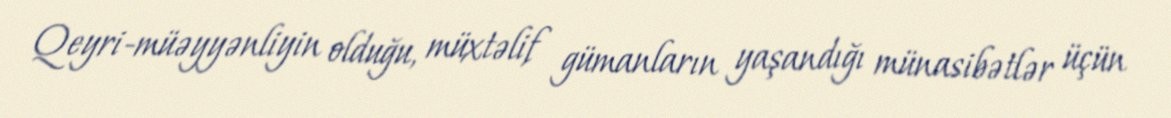
Qeyri-müəyyənliyin olduğu, müxtəlif gümanların yaşandığı münasibətlər üçün